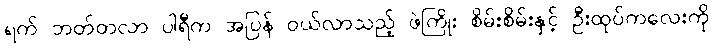
ရက် ဘတ်တလာ ပါရီက အပြန် ဝယ်လာသည့် ဖဲကြိုး စိမ်းစိမ်းနှင့် ဦးထုပ်ကလေးကို